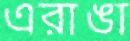
এরাঙা